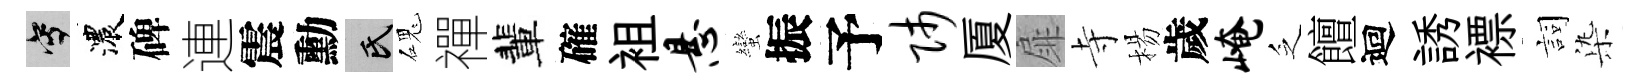
寫濃碑連震勳氏磈禪輩確袓悬蠻振予师厦扉寺楊歲崦乏饘迴誘褾詞𣑱